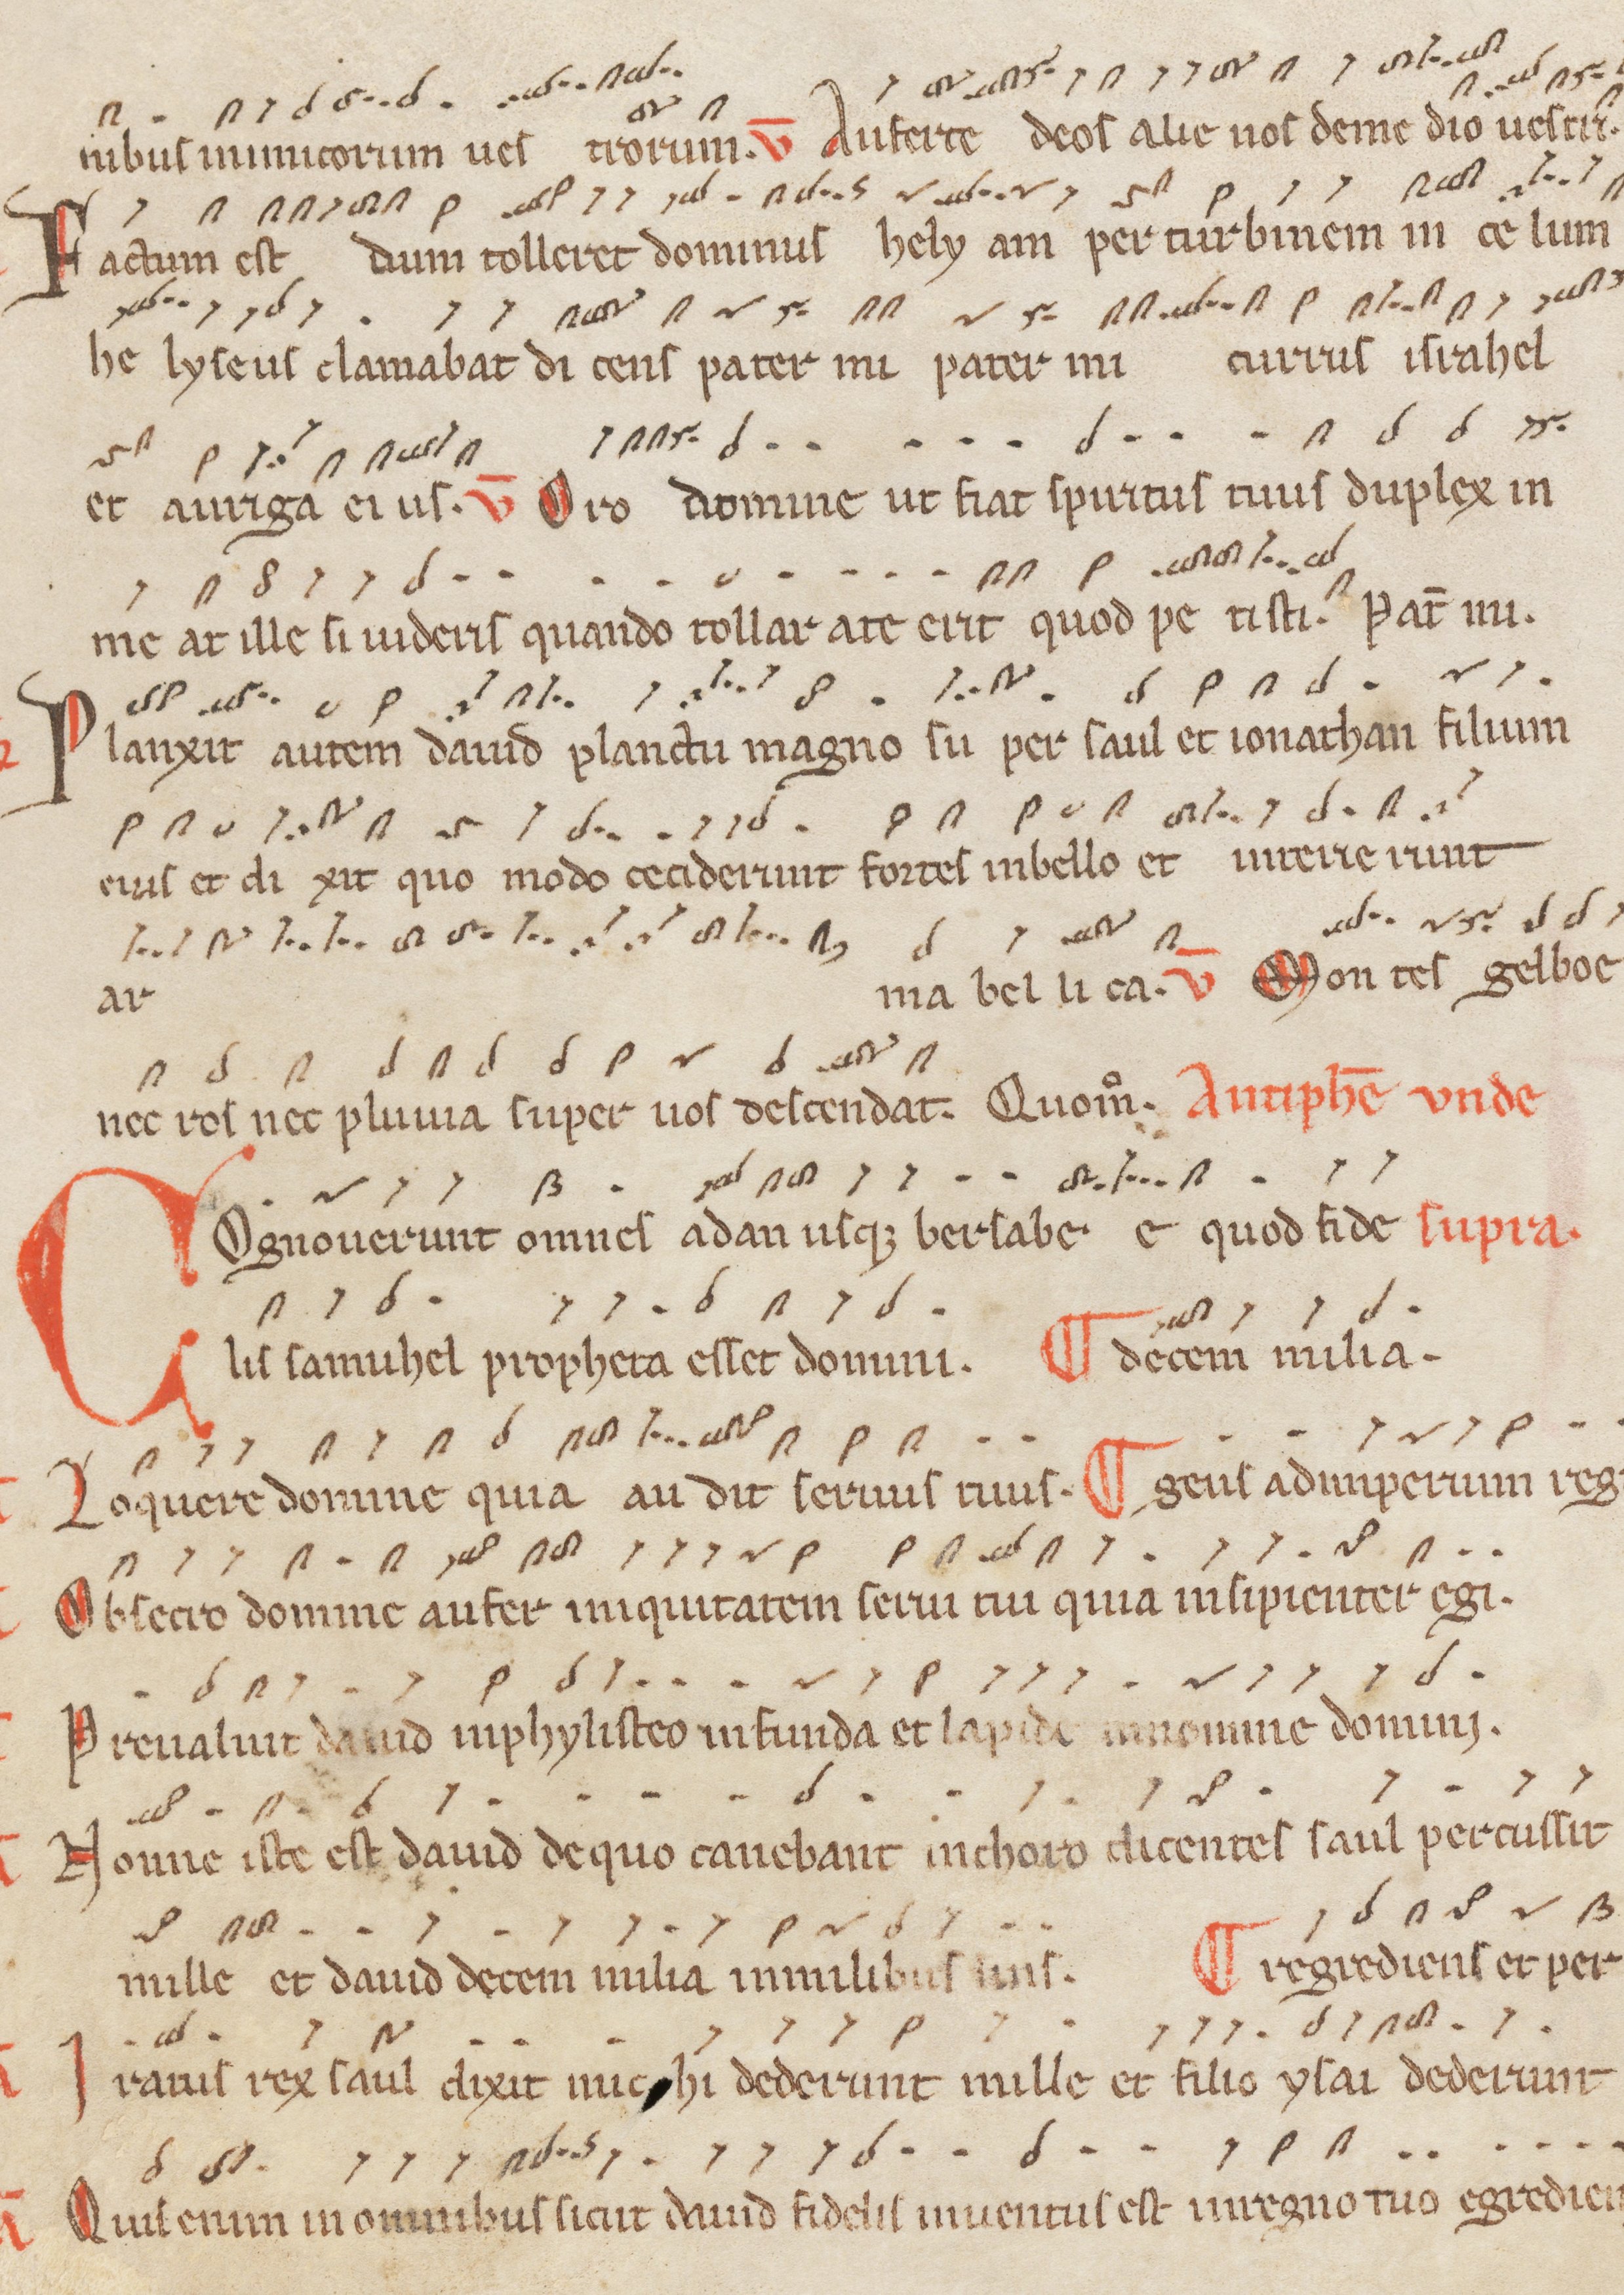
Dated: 1200–1299